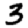
Digit: 3